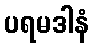
ပရမဒါနံ